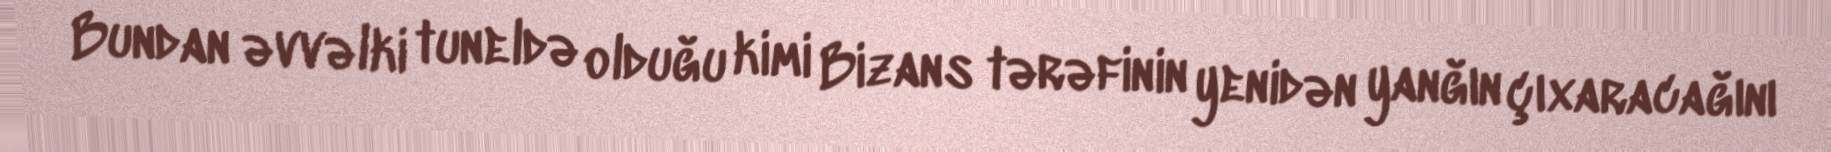
Bundan əvvəlki tuneldə olduğu kimi Bizans tərəfinin yenidən yanğın çıxaracağını